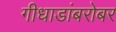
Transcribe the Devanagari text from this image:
गीधाडांबरोबर